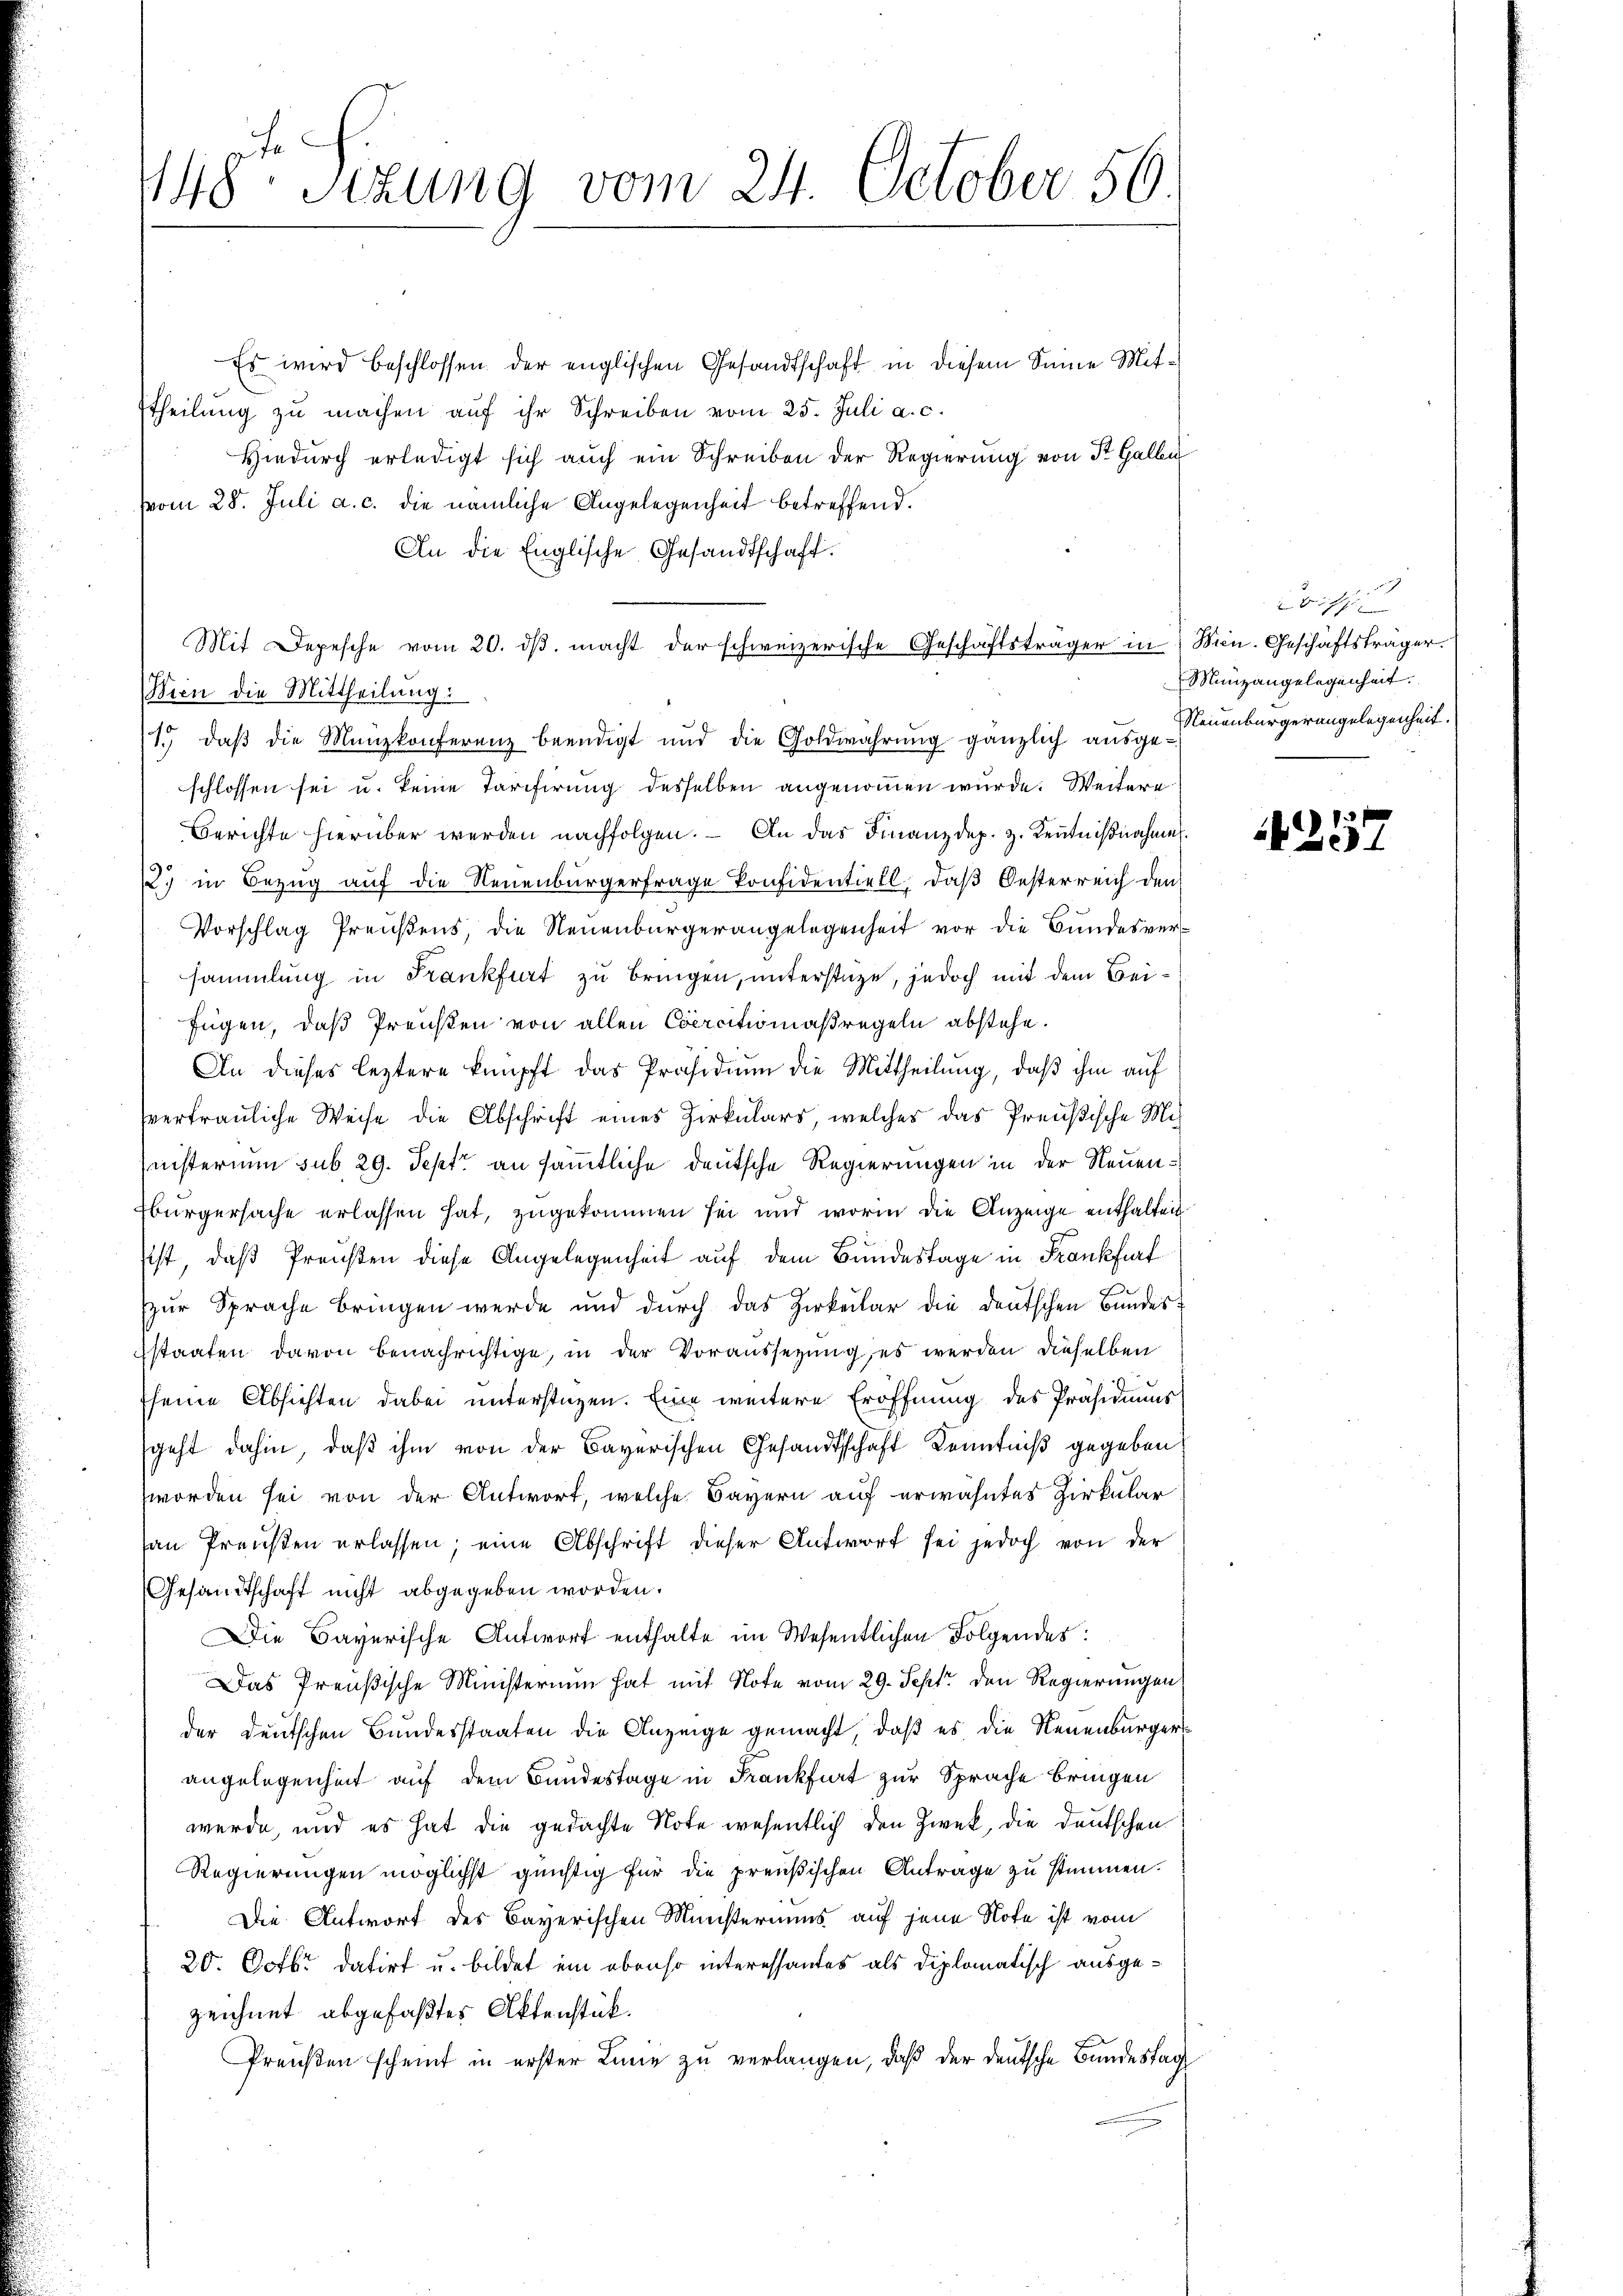
148ten Sizung vom 24. October 50

Es wird beschlossen der englischen Gesandtschaft in diesem Seine Mittheilung zu machen auf ihr Schreiben vom 25. Juli a. c.
Hiedurch erledigt sich auch ein Schreiben der Regierung von St. Galle
vom 28. Juli a. c. die nämliche Angelegenheit betreffend.
An die Englische Gesandtschaft.
Mit Depesche vom 20. dβ. macht der schweizerische Geschäftsträger in Min. Geschäftsträger.
Stein die Mittheilung:
1.) daß die Menzkonferenz beendigt und die Goldwährung gänzlich ausge-Neuenburgerangelegenheit.
schlossen sei u. keine Tarifirung desselben angenommen wurde. Weitere
Berichte hierüber werden nachfolgen. – An das Finanzdep. 3. Kenntnißnahmen.
2) in Bezug auf die Neuenburgerfrage konfidentiell, daß Oesterreich den
Vorschlag Preußens, die Neuenburgerangelegenheit vor die Bundesversammlung in Frankfurt zu bringen, unterstüze, jedoch mit dem Beifügen, daß Preisten von allen Coercitionaßregeln abstehe.
An dieses leztere knüpft das Präsidium die Mittheilung, daß ihm auf
vertrauliche Weise die Abschrift eines Zirkulars, welches das Preußische Mis
nisterium sub. 29. Sept an sämmtliche deutsche Regierungen in der Neuenbürgersache erlassen hat, zugekommen sei und worin die Anzeige enthalten
sist, daß Preußen diese Angelegenheit auf dem Bundestage in Frankfurt
zur Sprache bringen werde und durch das Zirkular die deutschen Bundes:
sstaaten davon benachrichtige, in der Voraussezung es werden dieselben
seine Absichten dabei unterstagen. Eine weitere Eröffnung des Präsidiums
geht dahin, daß ihm von der Bayerischen Gesandtschaft Kenntniß gegeben
worden sei von der Antwort, welche Bayern auf erwähntes Zirkular
an Preußen erlassen; eine Abschrift dieser Antwort sei jedoch von der
Gesandtschaft nicht abgegeben worden.
Die Bayerische Antwort enthalte im Wesentlichen Folgendes:
Das Preußische Ministerium hat mit Note vom 29. Sept. den Regierungen
der Deutschen Bundesstaaten die Anzeige gemacht, daß es die Neuenburgers
angelegenheit auf dem Bundestage in Frankfurt zur Sprache bringen
werde, und es hat die gedachte Note wesentlich den Zweck, die deutschen
Regierungen möglichst günstig für die preußischen Antrage zu stimmen.
Die Antwort des Bayerischen Ministeriums auf jene Note ist vom
20. Octbr. datirt u. bildet ein ebenso interessantes als diplomatisch ausgezeichnet abgefaßtes Aktenstück.
Preußen scheint in erster Linie zu verlangen, daß der deutsche Bundestag

Bicht
Münzangelegenheit.

d
31